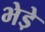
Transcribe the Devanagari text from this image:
भेडे़